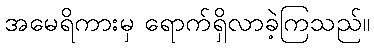
အမေရိကားမှ ရောက်ရှိလာခဲ့ကြသည်။